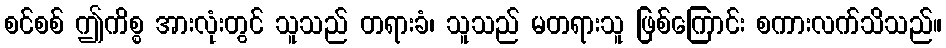
စင်စစ် ဤကိစ္စ အားလုံးတွင် သူသည် တရားခံ၊ သူသည် မတရားသူ ဖြစ်ကြောင်း စကားလက်သိသည်။